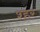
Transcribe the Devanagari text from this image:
श्हर